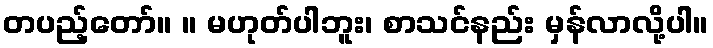
တပည့်တော်။ ။ မဟုတ်ပါဘူး၊ စာသင်နည်း မှန်လာလို့ပါ။